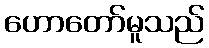
ဟောတော်မူသည်